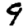
Digit: 9